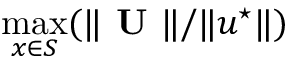
\operatorname* { m a x } _ { \boldsymbol { x } \in S } ( \Vert \textbf { U } \Vert / \Vert \boldsymbol { u } ^ { \star } \Vert )